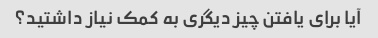
آیا برای یافتن چیز دیگری به کمک نیاز داشتید؟